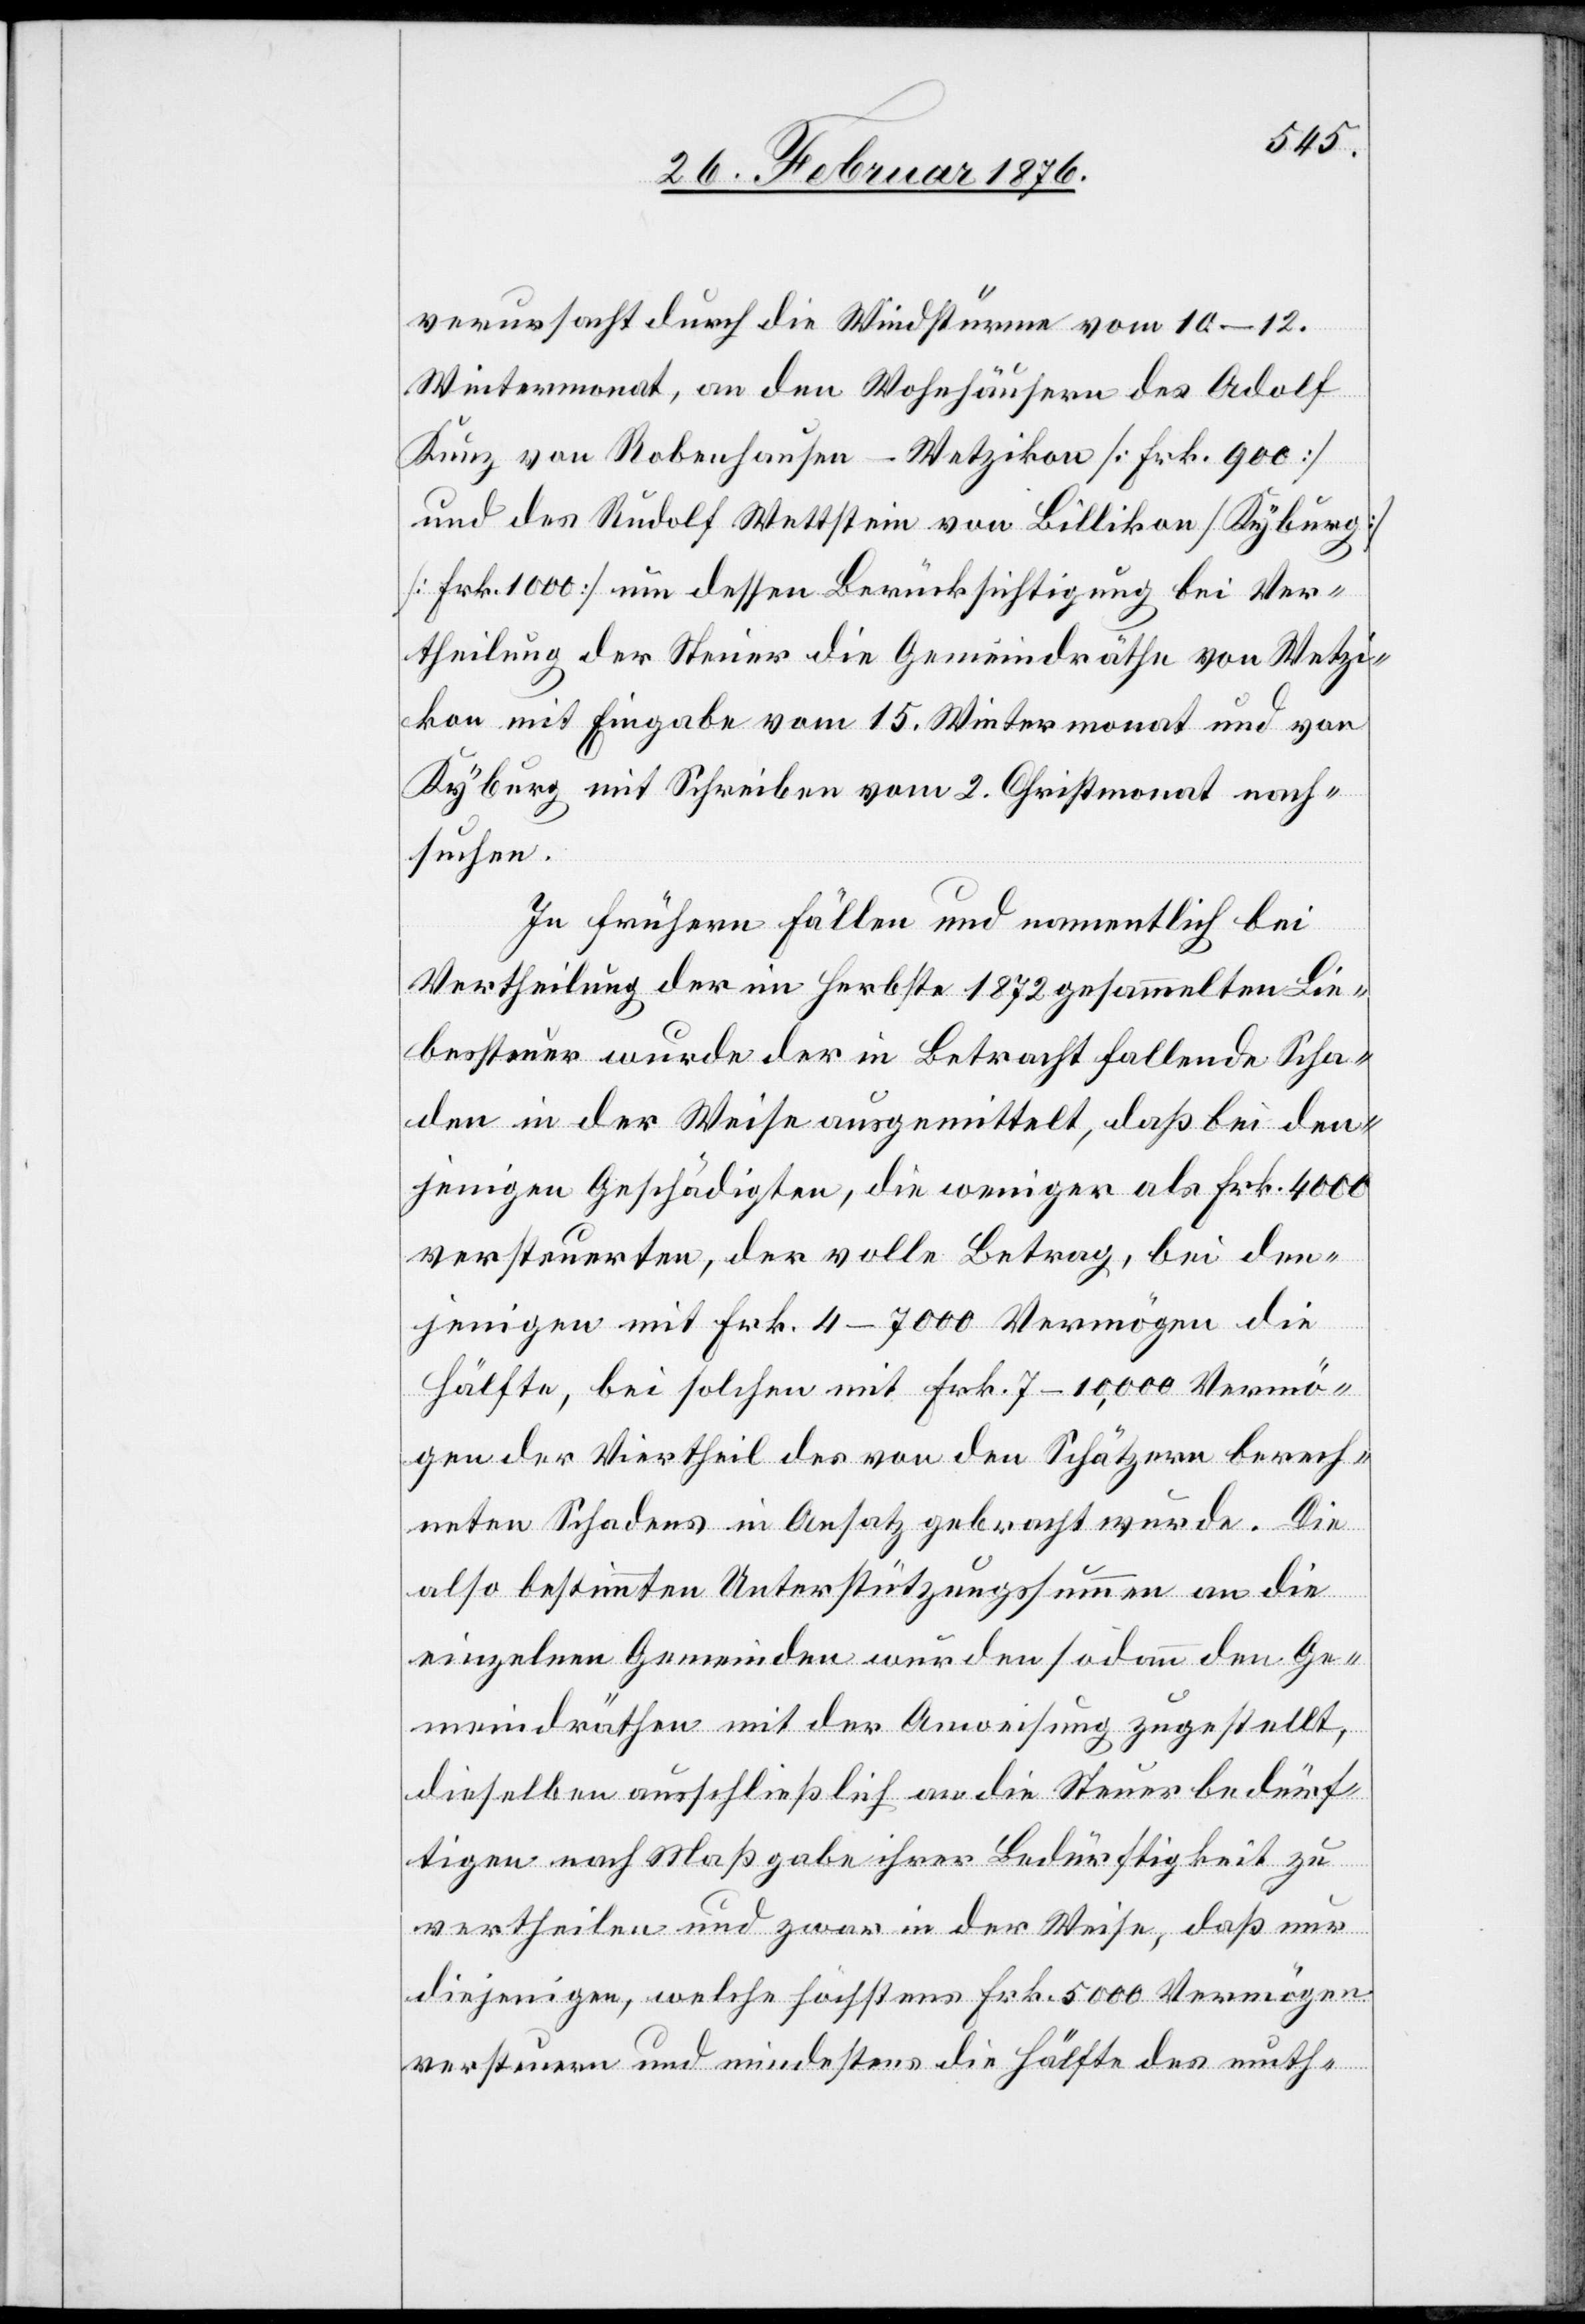
verursacht durch die Windstürme vom 10.–12.
Wintermonat, an den Wohnhäusern des Adolf
Kunz von Robenhausen-Wetzikon [Frk. 900]
und des Rudolf Wettstein von Billikon [Kyburg]
[Frk. 1000] um dessen Berücksichtigung bei Ver¬
theilung der Steuer die Gemeindräthe von Wetzi¬
kon mit Eingabe vom 15. Wintermonat und von
Kyburg mit Schreiben vom 2. Christmonat nach¬
suchen.
In frühern Fällen und namentlich bei
Vertheilung der im Herbste 1872 gesammelten Lie¬
bessteuer wurde der in Betracht fallende Scha¬
den in der Weise ausgemittelt, daß bei den¬
jenigen Geschädigten, die weniger als Frk. 4000
versteuerten, der volle Betrag, bei den¬
jenigen mit Frk. 4–7000 Vermögen die
Hälfte, bei solchen mit Frk. 7–10,000 Vermö¬
gen der Viertheil des von den Schätzern berech¬
neten Schadens in Ansatz gebracht würde. Die
also bestimmten Unterstützungssummen an die
einzelnen Gemeinden würden sodann den Ge¬
meindräthen mit der Anweisung zugestellt,
dieselben ausschließlich an die Steuerbedürf¬
tigen nach Maßgabe ihrer Bedürftigkeit zu
vertheilen und zwar in der Weise, daß nur
diejenigen, welche höchstens Frk. 5000 Vermögen
versteuern und mindestens die hälfe des muth-